Lunatic asylums Bombay report 1891-1903 - 1891-1903
Year: 1891
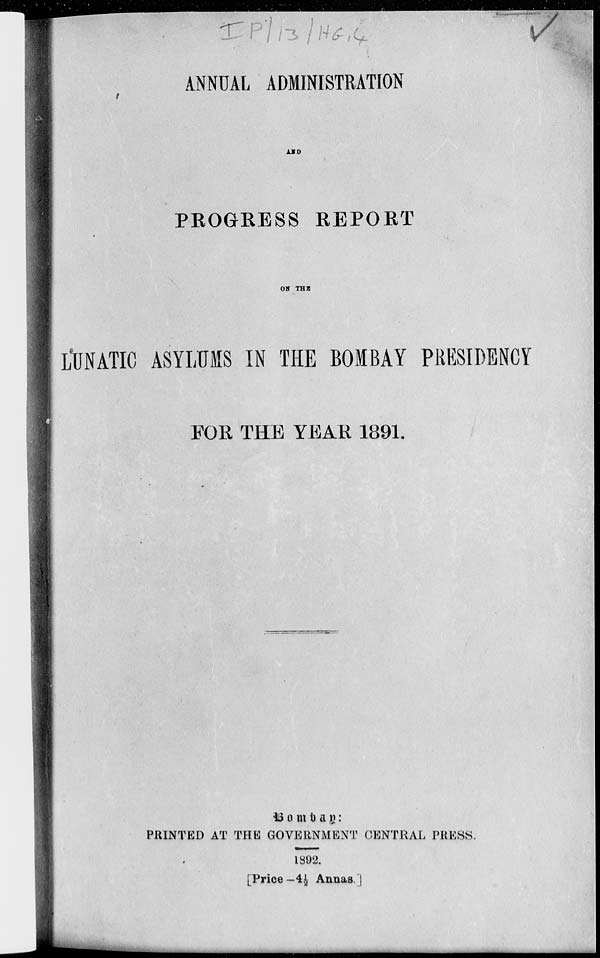
ANNUAL ADMINISTRATION
AND
PROGRESS REPORT
ON THE
LUNATIC ASYLUMS IN THE BOMBAY PRESIDENCY
FOR THE YEAR 1891.
Bombay:
PRINTED AT THE GOVERNMENT CENTRAL PRESS.
1892.
[Price-4½ Annas]